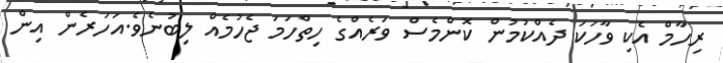
ރިހާމް އެކި ވާހަކަ ދެއްކުމުން ކޮންމެސް ވަރެއްގެ ހިތްހަމަ ޖެހުމެއް ލިބުނެވެ.އަހަރެން އިން